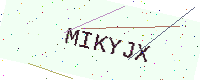
Text: MIKYJX